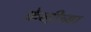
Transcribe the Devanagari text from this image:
केव्हीच्या